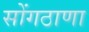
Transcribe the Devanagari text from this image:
सोंगठाणा